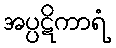
အပ္ပဋိကာရံ